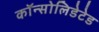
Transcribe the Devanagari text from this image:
कॉन्सोलिडेटेड